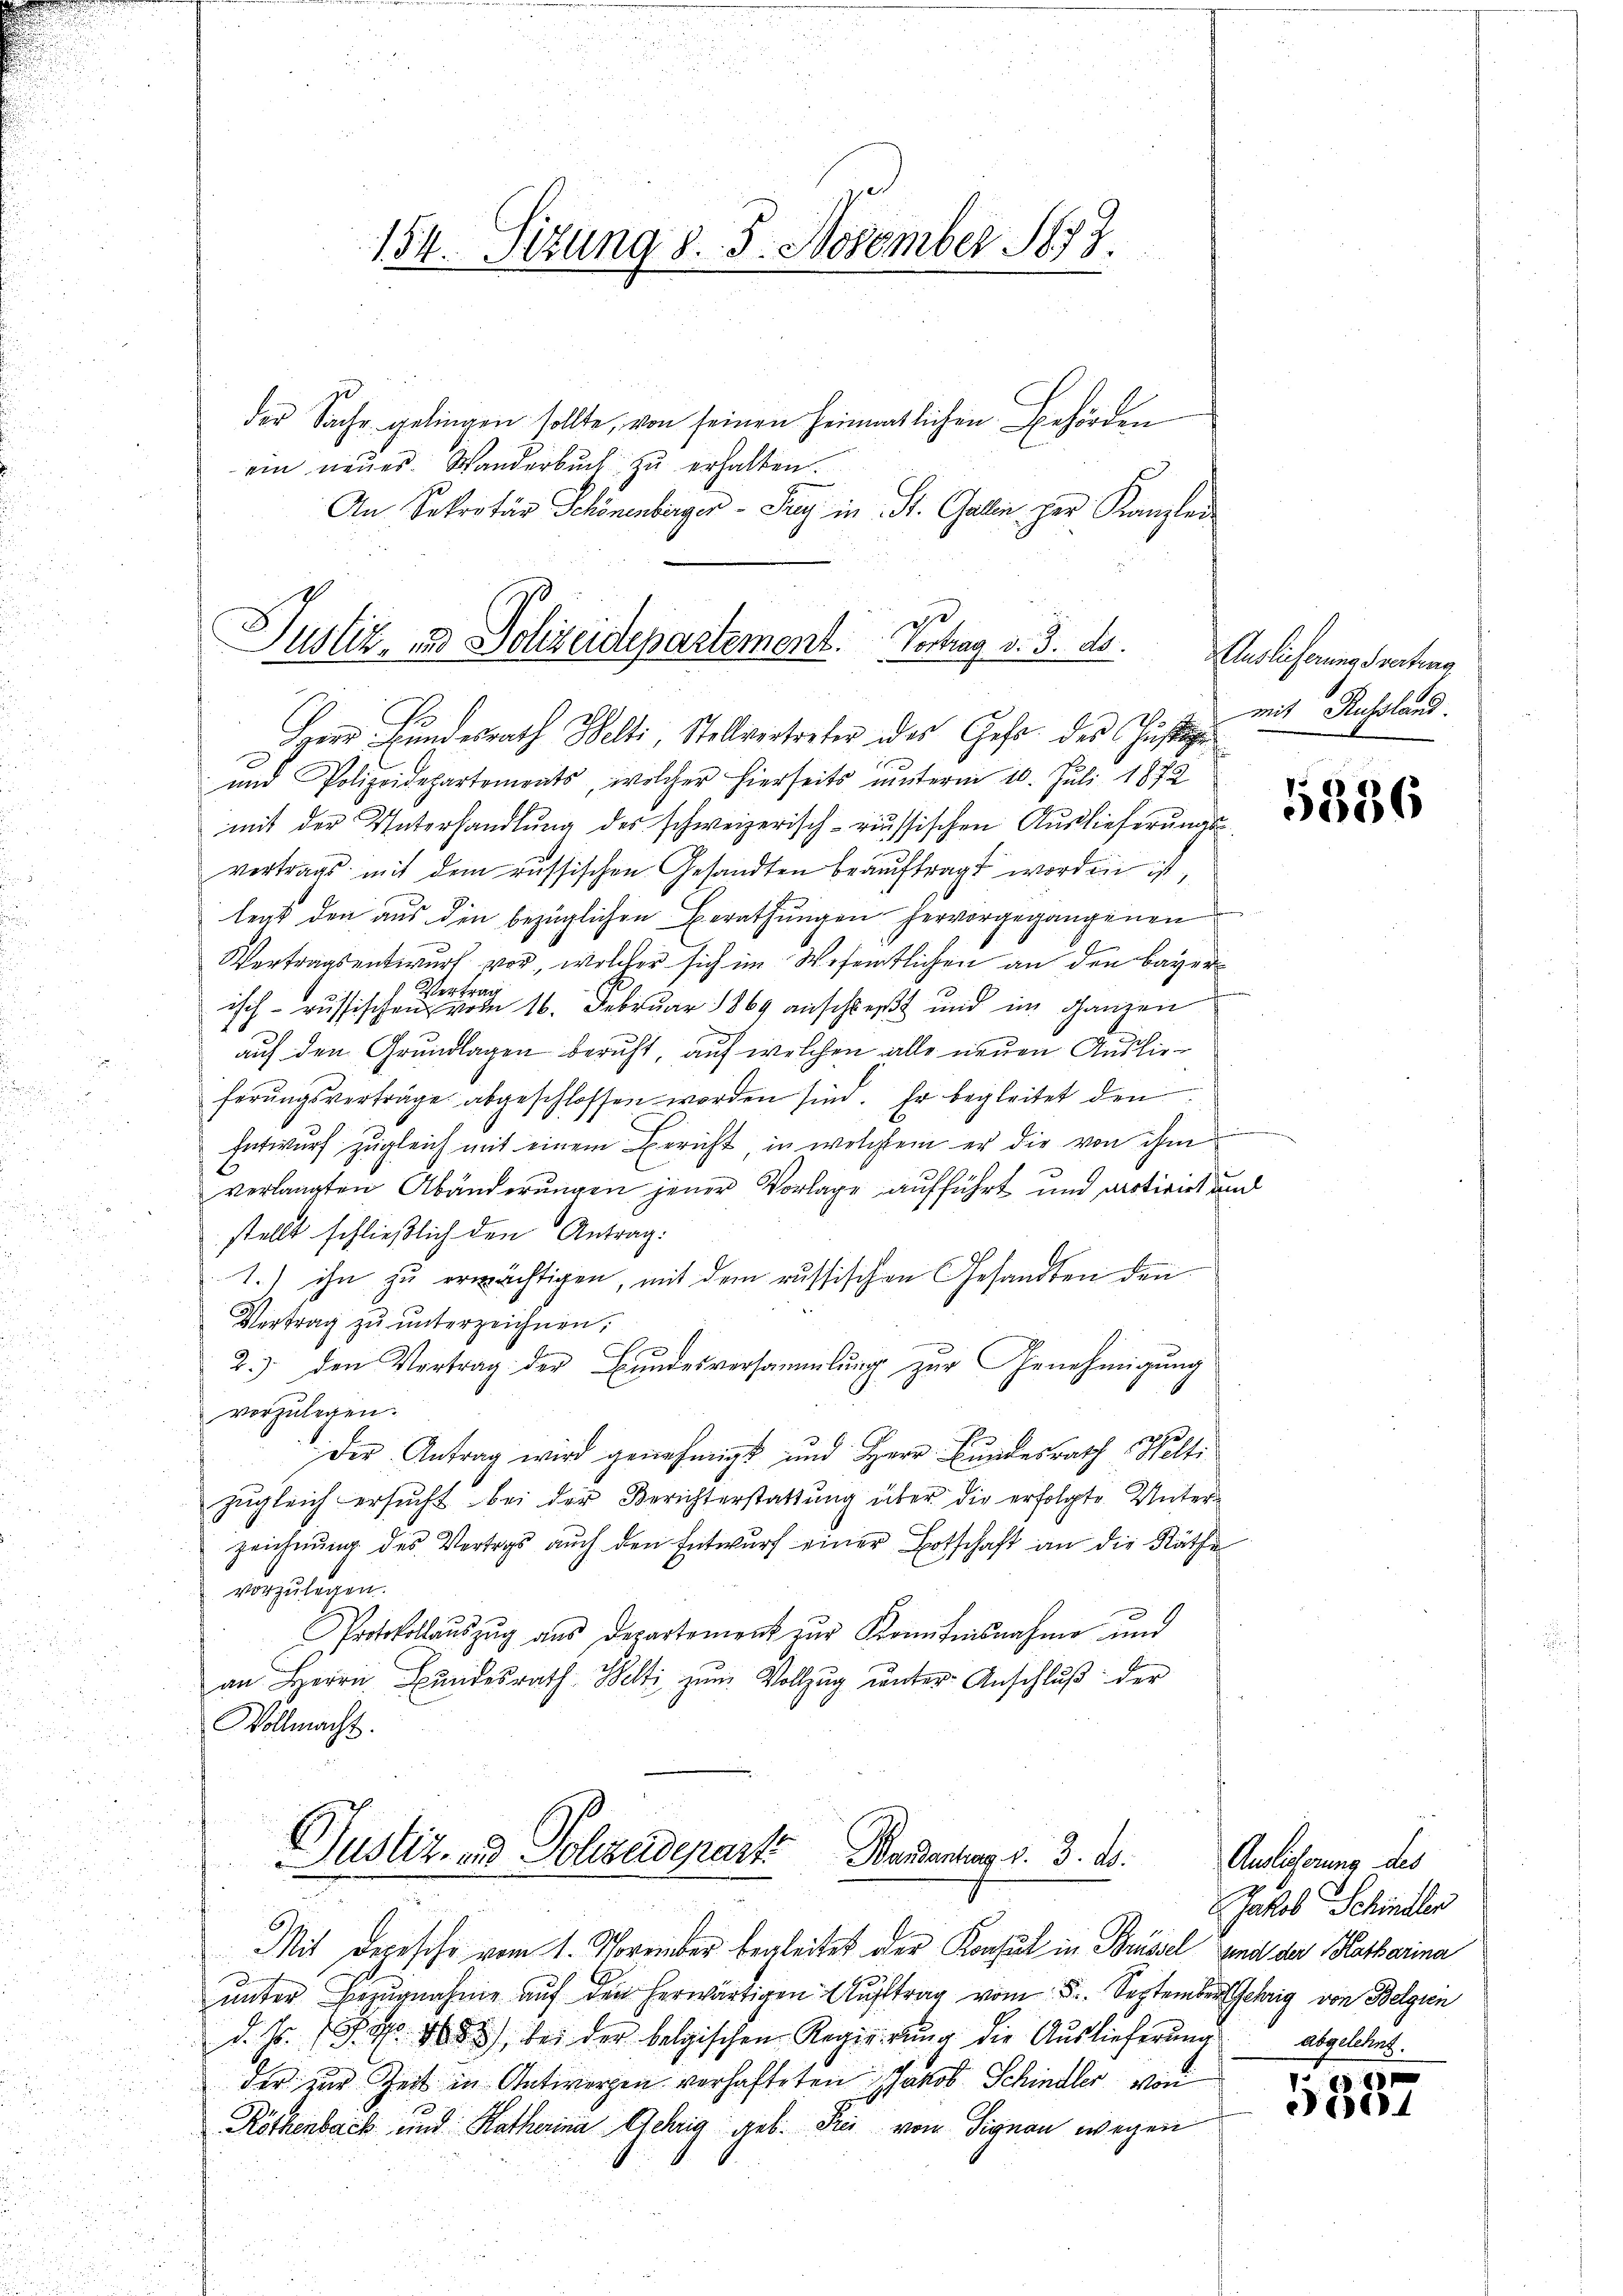
154. Sizung d. 5. November 1877.

der Sache gelingen sollte, von seinen heimatlichen Behörden
ein neues. Wanderbuch zu erhalten.
An Sekretär Schönenberger - Sag in St. Galien per Kanzlei
ist

Justiz, und Solizeidepartement. Vortrag d. 3. ds.

.
Herr Bundesrath Welti, Stellvertreter des Gehr des Justige
und Polizeidepartements, welcher hierseits ŭnterm 10. Juli 1872
mit der Unterhandlung des schweizerisch-russischen Auslieferungsvortrags mit dem russischen Gesandten beauftragt worden ist,
legt den aus den bezüglichen Berathungen hervorgegangenen
Vertragsentwurf vor, welcher sich im Wesentlichen an den Bayer
Vertrag
isch- russischen vom 16. Februar 1869 anschließt und im ganzen
auf den Grundlagen beruht, auf welchen alle neuen Auslieferŭngsverträge abgeschlossen worden sind. Er begleitet den
Entwurf zugleich mit einem Bericht, in welchem er die von ihm
verlangten Abänderungen jener Vorlage aufführt und arotiret und
stellt schließlich den Antrag:
i
1.) ihn zu erwächtigen, mit dem russischen Gesandten den
Vertrag zu unterzeichnen,
2.) den Vortrag der Bundesversammlung zur Genehmigung
i
vorzulegen.
Der Antrag wird genehmigt und Herr Bundesrath Welti
zugleich ersucht bei der Berichterstattung über die erfolgte Unterzeichnung des Vertrags auch den Entwurf einer Botschaft an die Räthe
vorzulegen.
g
Protokollauszug aus Departement zŭr Konfisnahme und
an Herrn Bŭndesrath Welti zŭm Vollzŭg ŭnter Anschlŭβ der
Vollmacht.

Justiz- und Polizeideparte Bandantung d. 3. d.

Mit Depesche vom 1. November begleitet der Konsul in Brüssel und der Blatharina
ŭnter Bezŭgnahme aŭf den herwärtigen Aŭftrag vom 5. September Gehrig von Belgien
d. Js. (T. S. 1088) bei der belgischen Regierŭng die Auslieferung
der zur Zeit in Antwerpen verhafteten Jakob Schindler von
Röthenbach und Katharina Schrig geb. Frei von Signau wegen

Auslieferung Svertens
mit Russland.

5386

Auslicherung des
Jakob Schindler
Abgelehnt.

x
ciret